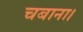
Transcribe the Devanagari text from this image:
चबाना।